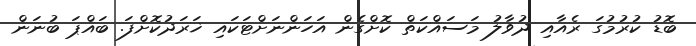
ބޮޑު ކުރުމުގަ ރެއާއި ދުވާލު މަސައްކަތް ކޮށްގެން އަހަންނަށްޓަކައި ޚަރަދުކޮށްފަ. ބައްޕަ ބުނަން